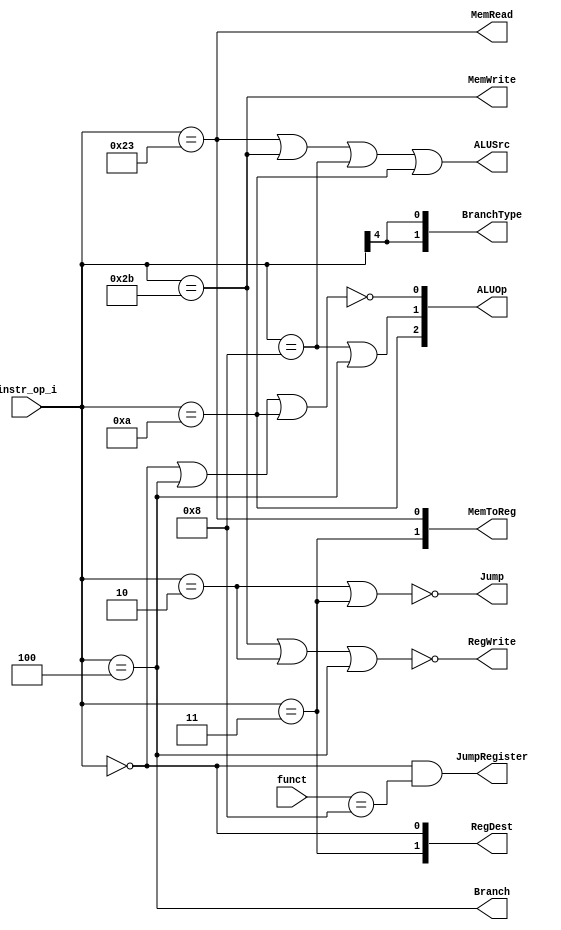
//Subject:     CO project 2 - Decoder
//--------------------------------------------------------------------------------
//Version:     1
//--------------------------------------------------------------------------------
//Writer:      0616086
//----------------------------------------------
//----------------------------------------------
//Description: 
//--------------------------------------------------------------------------------

module Decoder(
	instr_op_i,
	funct,
    Branch,
	MemToReg,
	BranchType,
	Jump,
	MemRead,
	MemWrite,
	ALUOp,
	ALUSrc,
	RegWrite,
	RegDest,
	JumpRegister
	);
     
//I/O ports
input  [5:0] 	instr_op_i;
input  [5:0] 	funct;

output         	Branch;
output	[1:0]	MemToReg;
output	[1:0]	BranchType;
output			Jump;
output			MemRead;
output			MemWrite;
output 	[2:0]	ALUOp;
output         	ALUSrc;
output         	RegWrite;
output	[1:0]  	RegDest; 
output			JumpRegister;


assign Branch = (instr_op_i==6'b000100);//beq

assign MemRead = (instr_op_i==6'b100011); //lw
assign MemWrite =(instr_op_i==6'b101011); //sw

assign RegWrite = ~((instr_op_i==6'b101011) | (instr_op_i==6'b000010) | (instr_op_i==6'b000100));// R-type, lw=1

assign MemToReg[1] =(instr_op_i==6'b000011); //jal choose 2(10)
assign MemToReg[0] = ((instr_op_i==6'b100011) );//| (instr_op_i==6'b001010)); //lw slti 

assign BranchType[1] = instr_op_i[4];   
assign BranchType[0] = instr_op_i[4];

//  R-type: 000 ; beq: 010 ; lw/sw:001  addi: 011 ; slti: 100  ; 
assign ALUOp[2] = (instr_op_i==6'b001010);
assign ALUOp[1] = (instr_op_i==6'b001000) | (instr_op_i==6'b000100);
assign ALUOp[0] = ~((instr_op_i==6'b000000) | (instr_op_i==6'b000100) | (instr_op_i==6'b001010));

assign ALUSrc = (instr_op_i==6'b100011) | (instr_op_i==6'b101011) | (instr_op_i==6'b001000) | (instr_op_i==6'b001010); //lw sw addi slt

assign RegDest[1] = (instr_op_i==6'b000011 ); // jal select 2!!!(10)
assign RegDest[0] = (instr_op_i==6'b000000); //R-type choose 0  ; I-type choose 1

assign Jump =~(instr_op_i==6'b000010 | instr_op_i==6'b000011); // j, jal : choose 0
assign JumpRegister = ((instr_op_i==6'b000000) & (funct==6'b001000));//jr


endmodule